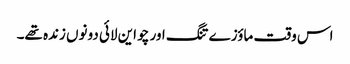
اس وقت ماؤزے تنگ اور چو این لائی دونوں زندہ تھے۔